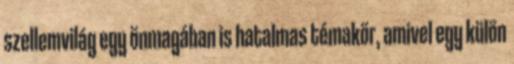
szellemvilág egy önmagában is hatalmas témakör, amivel egy külön